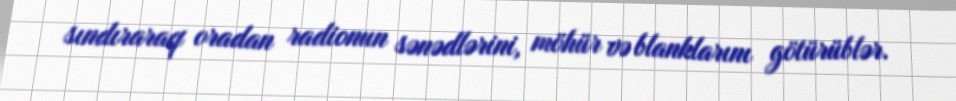
sındıraraq oradan radionun sənədlərini, möhür və blanklarını götürüblər.